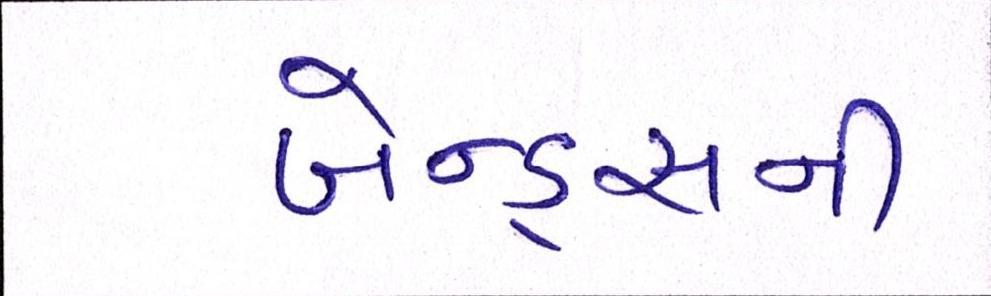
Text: બેન્ડ્સની